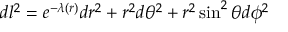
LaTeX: d l ^ { 2 } = e ^ { - \lambda ( r ) } { d r ^ { 2 } } + r ^ { 2 } d \theta ^ { 2 } + r ^ { 2 } \sin ^ { 2 } \theta d \phi ^ { 2 }